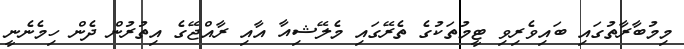
މިމުބާރާތުގައި ބައިވެރިވި ޓީމުތަކުގެ ތެރޭގައި މެލޭޝިއާ އާއި ރާއްޖޭގެ އިތުރުން ދެން ހިމެނެނީ